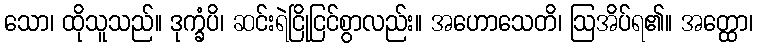
သော၊ ထိုသူသည်။ ဒုက္ခံပိ၊ ဆင်းရဲငြိုငြင်စွာလည်း။ အဟောသေတိ၊ ဩအိပ်ရ၏။ အတ္ထော၊